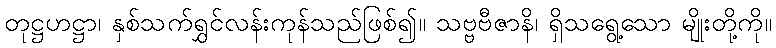
တုဋ္ဌဟဋ္ဌာ၊ နှစ်သက်ရွှင်လန်းကုန်သည်ဖြစ်၍။ သဗ္ဗဗီဇာနိ၊ ရှိသရွေ့သော မျိုးတို့ကို။